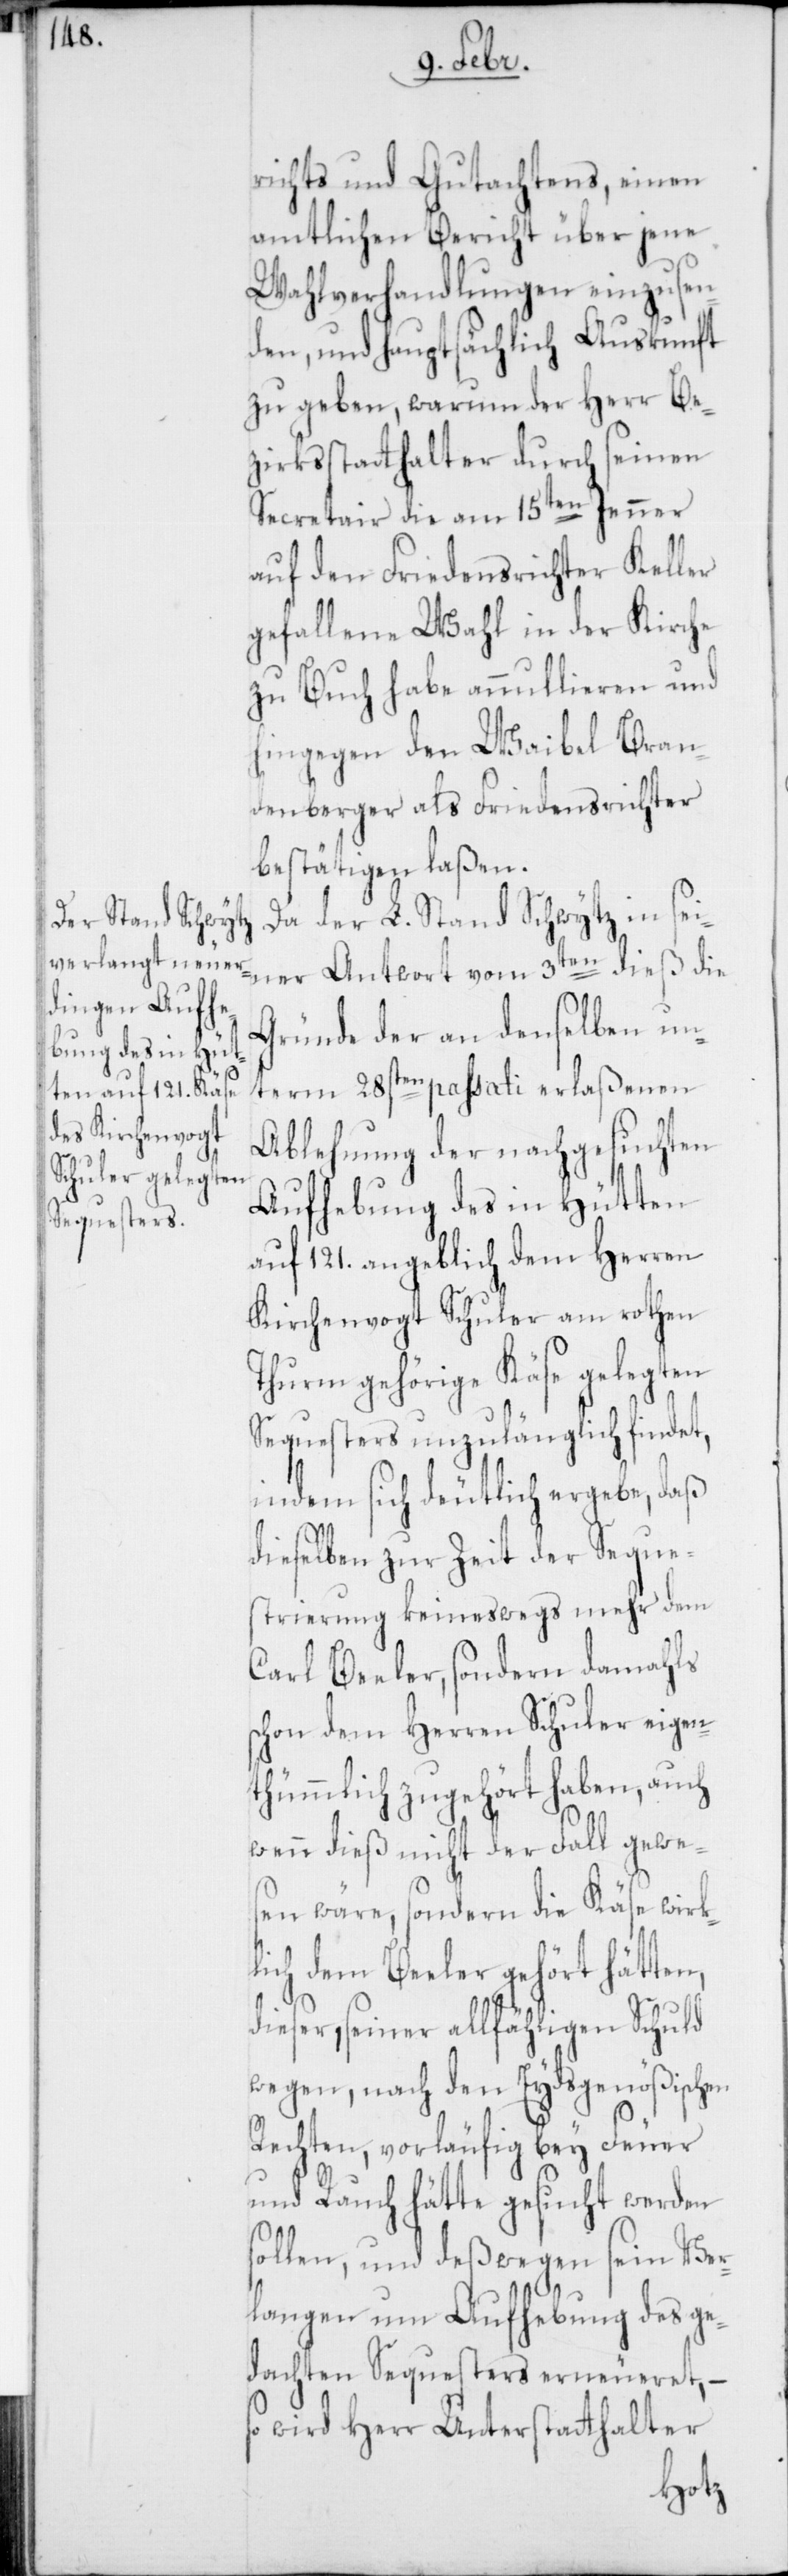
richts und Gutachtens, einen
amtlichen Bericht über jene
Wahlverhandlungen einzusen¬
den, und hauptsächlich Auskunft
zu geben, warum der Herr Be¬
zirksstatthalter durch seinen
Secretair die am 15ten Jenner
auf den Friedensrichter Keller
gefallene Wahl in der Kirche
zu Buch habe annullieren und
hingegen den Waibel Bran¬
denberger als Friedensrichter
bestätigen laßen.
Da der L. Stand Schwytz in sei¬
ner Antwort vom 3ten dieß die
Gründe der an denselben un¬
term 28sten passati erlaßenen
Ablehnung der nachgesuchten
Aufhebung des in Hütten
auf 121. angeblich dem Herren
Kirchenvogt Schuler am rothen
Thurm gehörige Käse gelegten
Sequesters unzulänglich findet,
indem sich deutlich ergebe, daß
dieselben zur Zeit der Seques¬
trierung keineswegs mehr dem
Carl Beeler, sondern damahls
schon dem Herren Schuler eigen¬
thümlich zugehört haben, auch
wenn dieß nicht der Fall gewe¬
sen wäre, sondern die Käse wirk¬
lich dem Beeler gehört hätten,
dieser, seiner allfähligen Schuld
wegen, nach den Eydsgenößischen
Rechten, vorläufig bey Feuer
und Rauch hätte gesucht werden
sollen, und deßwegen sein Ver¬
langen um Aufhebung des ge¬
dachten Sequesters erneueret, –
so wird Herr Unterstatthalter